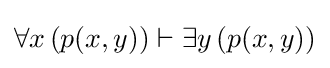
\forall x\left(p(x,y)\right)\vdash \exists y\left(p(x,y)\right)